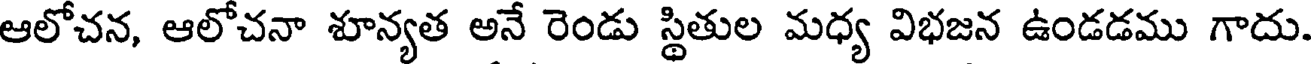
ఆలోచన, ఆలోచనా శూన్యత అనే రెండు స్థితుల మధ్య విభజన ఉండడము గాదు.